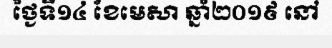
ថ្ងៃទី១៤ ខែមេសា ឆ្នាំ២០១៩ នៅ